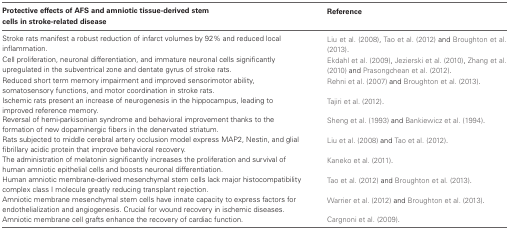
<table><thead><tr><td><b>Protective effects of AFS and amniotic tissue-derived stem cells in stroke-related disease</b></td><td><b>Reference</b></td></tr></thead><tbody><tr><td>Stroke rats manifest a robust reduction of infarct volumes by 92% and reduced local inflammation.</td><td>Liu et al. (2008), Tao et al. (2012) and Broughton et al. (2013).</td></tr><tr><td>Cell proliferation, neuronal differentiation, and immature neuronal cells significantly upregulated in the subventrical zone and dentate gyrus of stroke rats.</td><td>Ekdahl et al. (2009), Jezierski et al. (2010), Zhang et al. (2010) and Prasongchean et al. (2012).</td></tr><tr><td>Reduced short term memory impairment and improved sensorimotor ability, somatosensory functions, and motor coordination in stroke rats.</td><td>Rehni et al. (2007) and Broughton et al. (2013).</td></tr><tr><td>Ischemic rats present an increase of neurogenesis in the hippocampus, leading to improved reference memory.</td><td>Tajiri et al. (2012).</td></tr><tr><td>Reversal of hemi-parkisonian syndrome and behavioral improvement thanks to the formation of new dopaminergic fibers in the denervated striatum.</td><td>Sheng et al. (1993) and Bankiewicz et al. (1994).</td></tr><tr><td>Rats subjected to middle cerebral artery occlusion model express MAP2, Nestin, and glial fibrillary acidic protein that improve behavioral recovery.</td><td>Liu et al. (2008) and Tao et al. (2012).</td></tr><tr><td>The administration of melatonin significantly increases the proliferation and survival of human amniotic epithelial cells and boosts neuronal differentiation.</td><td>Kaneko et al. (2011).</td></tr><tr><td>Human amniotic membrane-derived mesenchymal stem cells lack major histocompatibility complex class I molecule greatly reducing transplant rejection.</td><td>Tao et al. (2012) and Broughton et al. (2013).</td></tr><tr><td>Amniotic membrane mesenchymal stem cells have innate capacity to express factors for endothelialization and angiogenesis. Crucial for wound recovery in ischemic diseases.</td><td>Warrier et al. (2012) and Broughton et al. (2013).</td></tr><tr><td>Amniotic membrane cell grafts enhance the recovery of cardiac function.</td><td>Cargnoni et al. (2009).</td></tr></tbody></table>